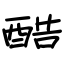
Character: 酷